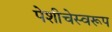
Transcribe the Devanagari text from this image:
पेशीचेस्वरूप